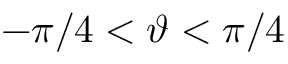
- \pi / 4 < \vartheta < \pi / 4